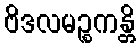
ဗိဒလမဉ္စကန္တိ